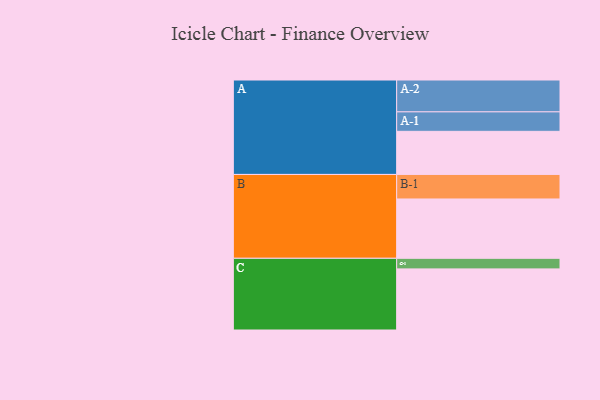
{"axis": {"x": "Segment", "y": "Value"}, "legend": ["", "A", "B", "C"], "data": [{"x": "A", "y": 383, "type": ""}, {"x": "B", "y": 527, "type": ""}, {"x": "C", "y": 543, "type": ""}, {"x": "A-1", "y": 173, "type": "A"}, {"x": "A-2", "y": 283, "type": "A"}, {"x": "B-1", "y": 218, "type": "B"}, {"x": "C-1", "y": 94, "type": "C"}]}